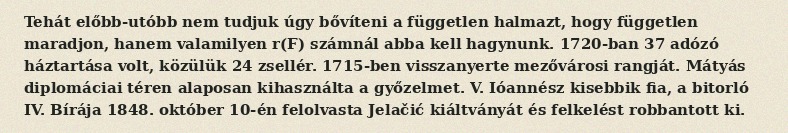
Tehát előbb-utóbb nem tudjuk úgy bővíteni a független halmazt, hogy független maradjon, hanem valamilyen r(F) számnál abba kell hagynunk. 1720-ban 37 adózó háztartása volt, közülük 24 zsellér. 1715-ben visszanyerte mezővárosi rangját. Mátyás diplomáciai téren alaposan kihasználta a győzelmet. V. Ióannész kisebbik fia, a bitorló IV. Bírája 1848. október 10-én felolvasta Jelačić kiáltványát és felkelést robbantott ki.